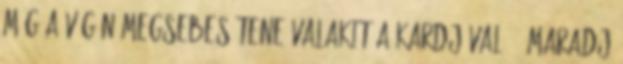
Még a végén megsebesítene valakit a kardjával. - Maradj